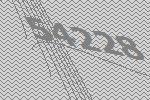
54228